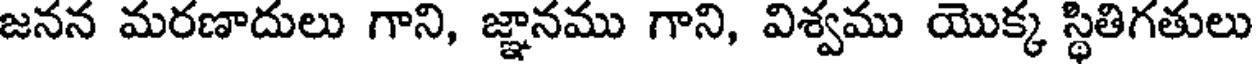
జనన మరణాదులు గాని, జ్ఞానము గాని, విశ్వము యొక్క స్థితిగతులు